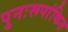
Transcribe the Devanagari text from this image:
पुनःरूपांकित